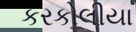
કરકોલીયા